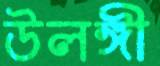
উলঙ্গী